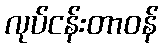
လုပ်ငန်းတာဝန်